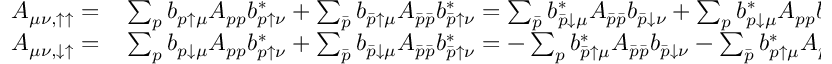
\begin{array} { r l } { A _ { \mu \nu , \uparrow \uparrow } = } & { { } \sum _ { p } b _ { p \uparrow \mu } A _ { p p } b _ { p \uparrow \nu } ^ { * } + \sum _ { \bar { p } } b _ { \bar { p } \uparrow \mu } A _ { \bar { p } \bar { p } } b _ { \bar { p } \uparrow \nu } ^ { * } = \sum _ { \bar { p } } b _ { \bar { p } \downarrow \mu } ^ { * } A _ { \bar { p } \bar { p } } b _ { \bar { p } \downarrow \nu } + \sum _ { p } b _ { p \downarrow \mu } ^ { * } A _ { p p } b _ { p \downarrow \nu } = - A _ { \mu \nu , \downarrow \downarrow } ^ { * } } \\ { A _ { \mu \nu , \downarrow \uparrow } = } & { { } \sum _ { p } b _ { p \downarrow \mu } A _ { p p } b _ { p \uparrow \nu } ^ { * } + \sum _ { \bar { p } } b _ { \bar { p } \downarrow \mu } A _ { \bar { p } \bar { p } } b _ { \bar { p } \uparrow \nu } ^ { * } = - \sum _ { p } b _ { \bar { p } \uparrow \mu } ^ { * } A _ { \bar { p } \bar { p } } b _ { \bar { p } \downarrow \nu } - \sum _ { \bar { p } } b _ { p \uparrow \mu } ^ { * } A _ { p p } b _ { p \downarrow \nu } = A _ { \mu \nu , \uparrow \downarrow } ^ { * } \; . } \end{array}